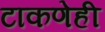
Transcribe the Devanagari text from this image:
टाकणेही